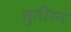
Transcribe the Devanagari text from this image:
सुतीरन